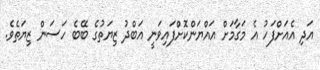
އަދި އެއަށްފަހު އެ މަގާމަށް އައްޔަންކޮށްފައިވަނީ އަބްދު ޒިޔަތުގެ ބޭބެ ހަސަން ޒިޔަތެވެ.